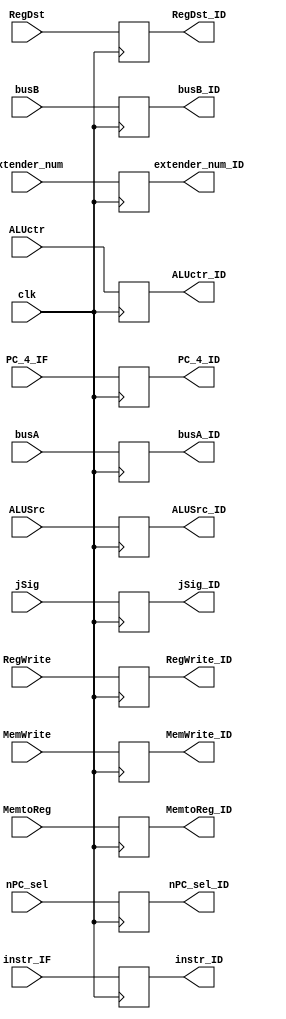
module ID_EX_flipflop(input [31:0]PC_4_IF,
input [31:0]busA,busB,extender_num,instr_IF,
input [2:0]ALUctr,
input RegDst,ALUSrc,MemtoReg,RegWrite,MemWrite,nPC_sel,jSig,
input clk,
output reg[31:0]PC_4_ID,busA_ID,busB_ID,extender_num_ID,instr_ID,
output reg[2:0]ALUctr_ID,
output reg RegDst_ID,ALUSrc_ID,MemtoReg_ID,RegWrite_ID,MemWrite_ID,nPC_sel_ID,jSig_ID);
always@(posedge clk)begin
	PC_4_ID=PC_4_IF;
	busA_ID=busA;
	busB_ID=busB;
	extender_num_ID=extender_num;
	instr_ID=instr_IF;
	ALUctr_ID=ALUctr;
	RegDst_ID=RegDst;
	ALUSrc_ID=ALUSrc;
	MemtoReg_ID=MemtoReg;
	RegWrite_ID=RegWrite;
	MemWrite_ID=MemWrite;
	nPC_sel_ID=nPC_sel;
	jSig_ID=jSig;
end
endmodule